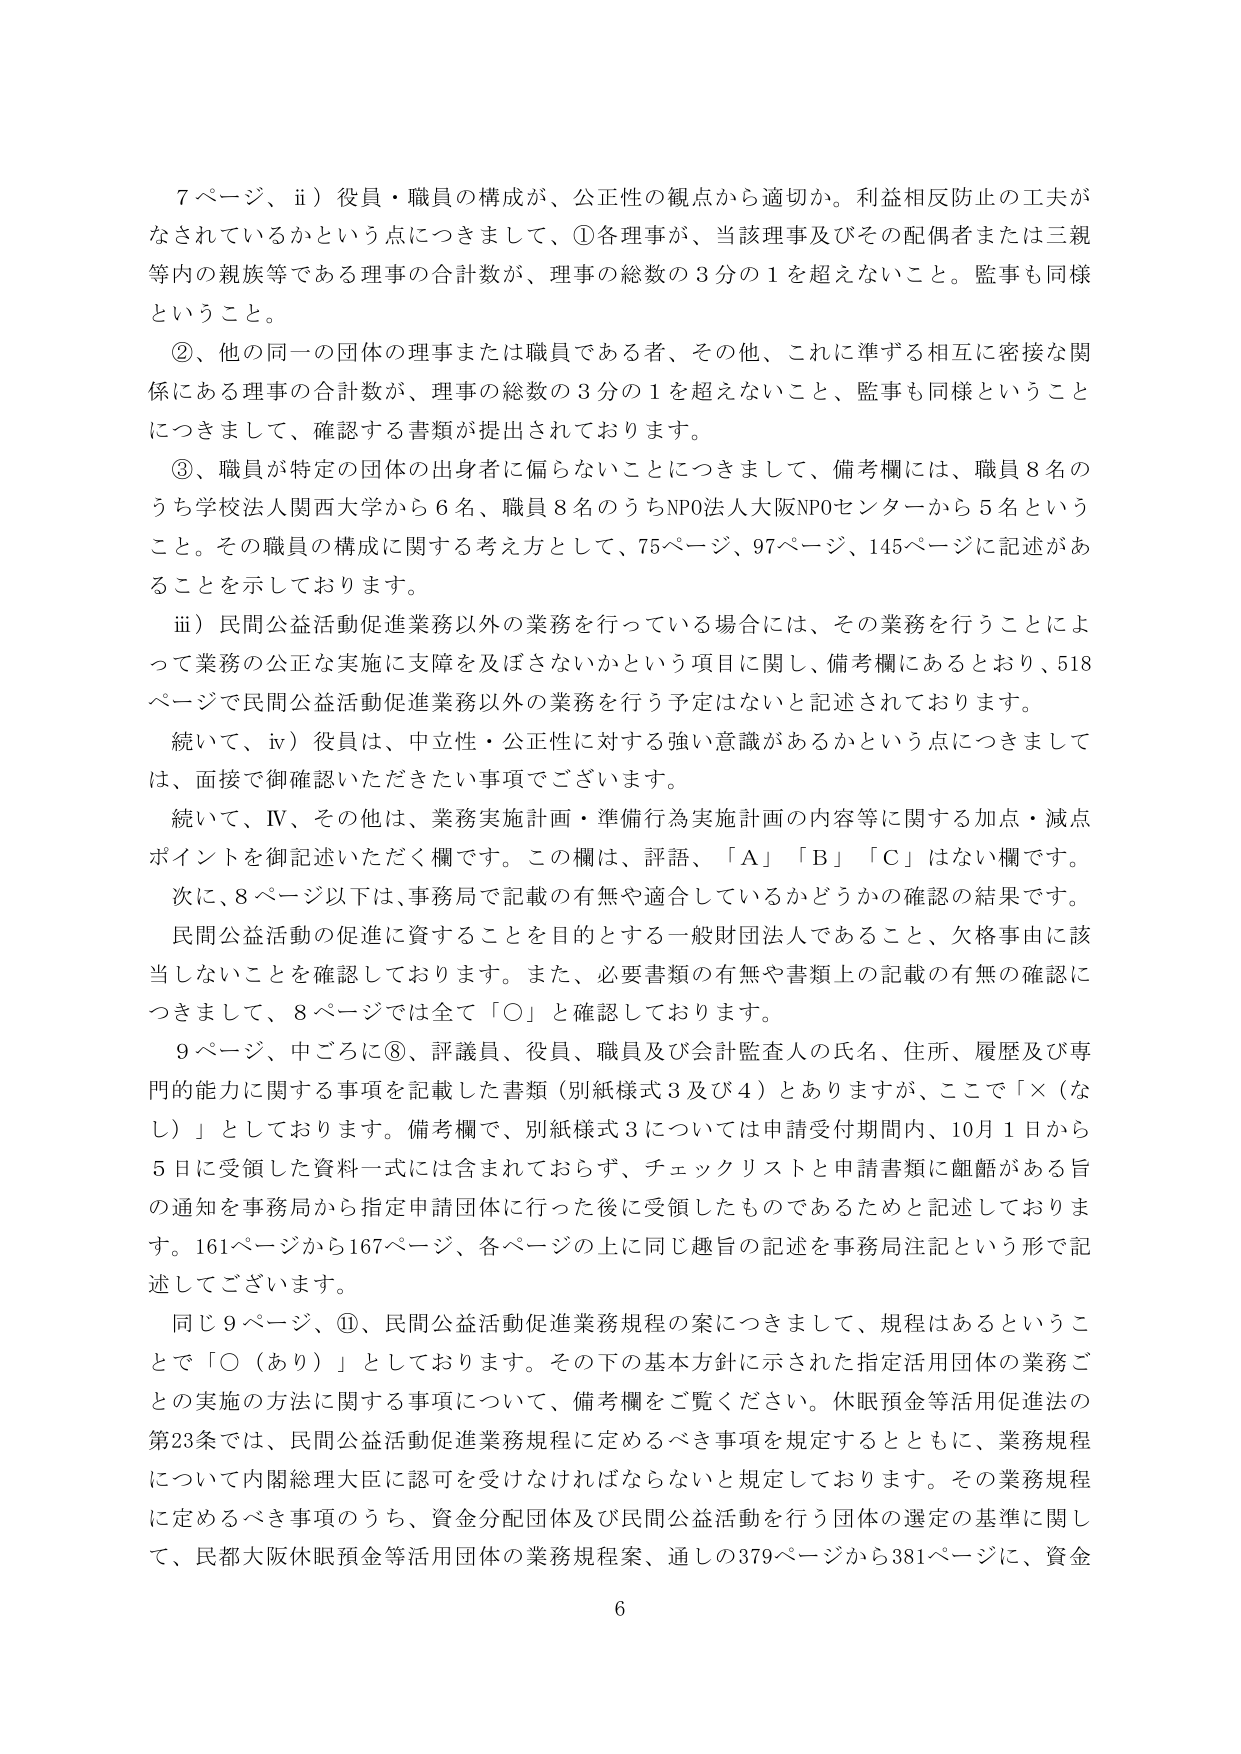
7ページ、ⅱ）役員・職員の構成が、公正性の観点から適切か。利益相反防止の工夫がなされているかという点につきまして、①各理事が、当該理事及びその配偶者または三親等内の親族等である理事の合計数が、理事の総数の3分の1を超えないこと。監事も同様ということ。

②、他の同一の団体の理事または職員である者、その他、これに準ずる相互に密接な関係にある理事の合計数が、理事の総数の3分の1を超えないこと、監事も同様ということにつきまして、確認する書類が提出されております。

③、職員が特定の団体の出身者に偏らないことにつきまして、備考欄には、職員8名のうち学校法人関西大学から6名、職員8名のうちNPO法人大阪NPOセンターから5名ということ。その職員の構成に関する考え方として、75ページ、97ページ、145ページに記述があることを示しております。

ⅲ）民間公益活動促進業務以外の業務を行っている場合には、その業務を行うことによって業務の公正な実施に支障を及ぼさないかという項目に関し、備考欄にあるとおり、518ページで民間公益活動促進業務以外の業務を行う予定はないと記述されております。

続いて、ⅳ）役員は、中立性・公正性に対する強い意識があるかという点につきましては、面接で御確認いただきたい事項でございます。

続いて、Ⅳ、その他は、業務実施計画・準備行為実施計画の内容等に関する加点・減点ポイントを御記述いただく欄です。この欄は、評語、「A」「B」「C」はない欄です。

次に、8ページ以下は、事務局で記載の有無や適合しているかどうかの確認の結果です。

民間公益活動の促進に資することを目的とする一般財団法人であること、欠格事由に該当しないことを確認しております。また、必要書類の有無や書類上の記載の有無の確認につきまして、8ページでは全て「○」と確認しております。

9ページ、中ごろに⑧、評議員、役員、職員及び会計監査人の氏名、住所、履歴及び専門的能力に関する事項を記載した書類（別紙様式3及び4）とありますが、ここで「×（なし）」としております。備考欄で、別紙様式3については申請受付期間内、10月1日から5日に受領した資料一式には含まれておらず、チェックリストと申請書類に齟齬がある旨の通知を事務局から指定申請団体に行った後に受領したものであるためと記述しております。161ページから167ページ、各ページの上に同じ趣旨の記述を事務局注記という形で記述してございます。

同じ9ページ、⑪、民間公益活動促進業務規程の案につきまして、規程はあるということで「○（あり）」としております。その下の基本方針に示された指定活用団体の業務ごとの実施の方法に関する事項について、備考欄をご覧ください。休眠預金等活用促進法の第23条では、民間公益活動促進業務規程に定めるべき事項を規定するとともに、業務規程について内閣総理大臣に認可を受けなければならないと規定しております。その業務規程に定めるべき事項のうち、資金分配団体及び民間公益活動を行う団体の選定の基準に関して、民都大阪休眠預金等活用団体の業務規程案、通しの379ページから381ページに、資金

6